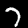
Label: 7